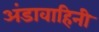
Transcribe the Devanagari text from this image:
अंडावाहिनी